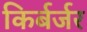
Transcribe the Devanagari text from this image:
किर्बर्जर